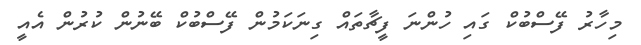
މިހާރު ފޭސްބުކް ގައި ހުންނަ ފީޗާތައް ގިނަކަމުން ފޭސްބުކް ބޭނުން ކުރުން އެއީ